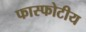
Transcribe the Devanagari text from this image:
फास्फोटीय